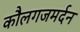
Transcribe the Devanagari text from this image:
कौलगजमर्दन